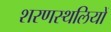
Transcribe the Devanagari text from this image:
शरणस्थलियों